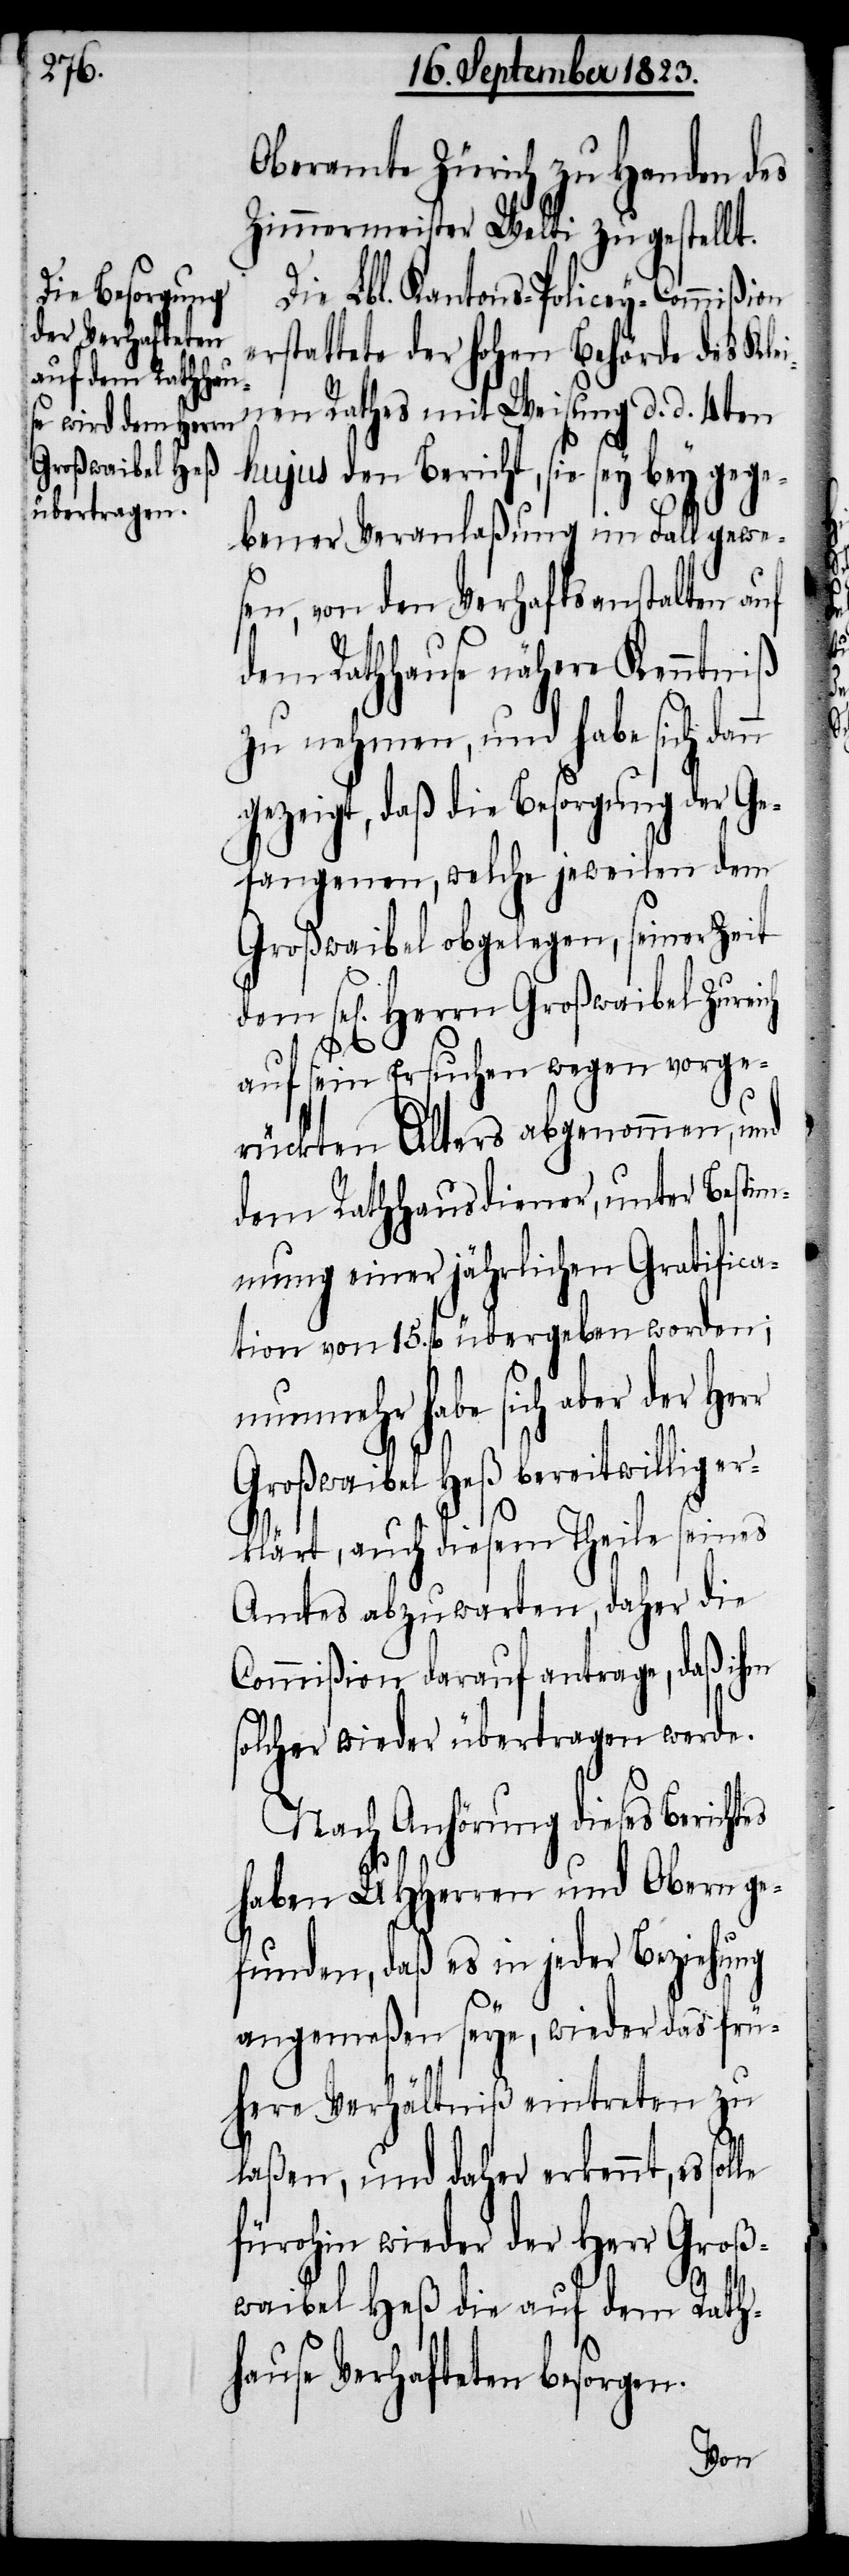
Großwaibel Heß

Oberamte Zürich zu Handen des
Zimmermeister Welti zugestellt.
Die Lbl. Kantons-Policey-Commißion
erstattete der hohen Behörde des Kle¬
inen Rathes mit Weisung d. d. 4ten
hujus den Bericht, sie sey bey gege¬
bener Veranlaßung im Fall gewe¬
sen, von den Verhaftsanstalten auf
dem Rathhause nähere Kenntniß
zu nehmen, und habe sich da¬
gezeigt, daß die Besorgung der Ge¬
fangenen, welche jeweilen dem
Großwaibel obgelegen, seiner Zeit
sel[igen] Herrn Großwaibel Zureich
auf sein Ersuchen wegen vorge¬
rückten Alters abgenommen, und
dem Rathhausdiener, unter Bestim¬
mung einer jährlichen Gratifica¬
tion von 15. fl übergeben worden;
nunmehr habe sich aber der
bereitwillig e¬
rklärt, auch diesem Theile seines
Amtes abzuwarten, daher die
Commißion darauf antrage, daß ihm
solcher wieder übertragen werde.
Nach Anhörung dieses Berichtes
haben UHHerren und Obern ge¬
funden, daß es in jeder Beziehung
angemeßen seye, wieder das frü¬
here Verhältniß eintreten zu
laßen, und daher erkennt, es
fürohin wieder der Herr Groß¬
waibel Heß die auf dem Rath¬
hause Verhafteten besorgen.
nn